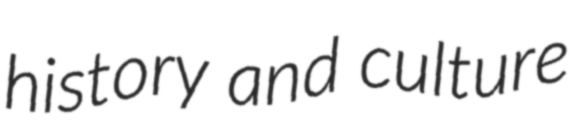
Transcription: history and culture